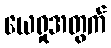
ယေရှုအတွက်